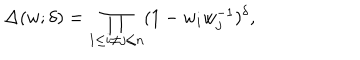
\Delta ( w ; \delta ) = \prod _ { 1 \leq i \neq j \leq n } ( 1 - w _ { i } w _ { j } ^ { - 1 } ) ^ { \delta } ,